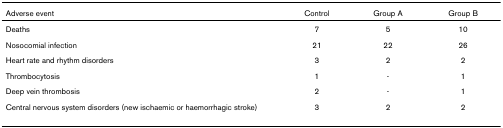
| Adverse event | Control | Group A | Group B |
 | --- | --- | --- | --- |
 | Deaths | 7 | 5 | 10 |
 | Nosocomial infection | 21 | 22 | 26 |
 | Heart rate and rhythm disorders | 3 | 2 | 2 |
 | Thrombocytosis | 1 | - | 1 |
 | Deep vein thrombosis | 2 | - | 1 |
 | Central nervous system disorders (new ischaemic or haemorrhagic stroke) | 3 | 2 | 2 |